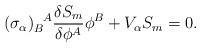
LaTeX: \begin{align*}(\sigma_\alpha)_B^{~~\!A} \frac{\delta S_m}{\delta \phi^A} \phi^B +V_\alpha S_m = 0.\end{align*}